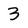
Character: 3